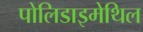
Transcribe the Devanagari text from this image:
पोलिडाइमेथिल